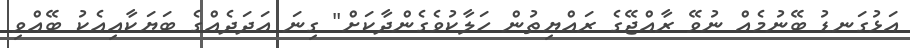
އަޅުގަނޑު ބޭނުމެއް ނުވޭ ރާއްޖޭގެ ރައްޔިތުން ހަލާކުވެގެންދާކަށް" ގިނަ އަދަދެއްގެ ބަޔަކާއިއެކު ބޭއްވި